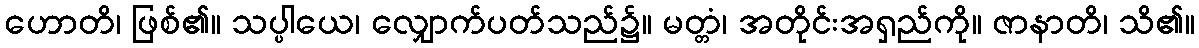
ဟောတိ၊ ဖြစ်၏။ သပ္ပါယေ၊ လျှောက်ပတ်သည်၌။ မတ္တံ၊ အတိုင်းအရှည်ကို။ ဇာနာတိ၊ သိ၏။